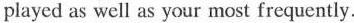
played as well as your most frequently.